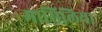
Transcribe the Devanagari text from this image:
मासिलिया